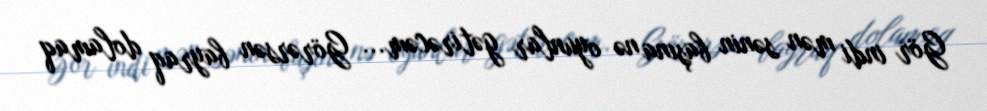
Gör indi mən sənin başına nə oyunlar gətirəcəm... Görərsən bayraq dolamaq